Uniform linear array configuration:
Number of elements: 64
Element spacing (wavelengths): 0.25
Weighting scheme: exponential
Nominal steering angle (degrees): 60
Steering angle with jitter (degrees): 59.747
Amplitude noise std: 0.05
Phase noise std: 0.05

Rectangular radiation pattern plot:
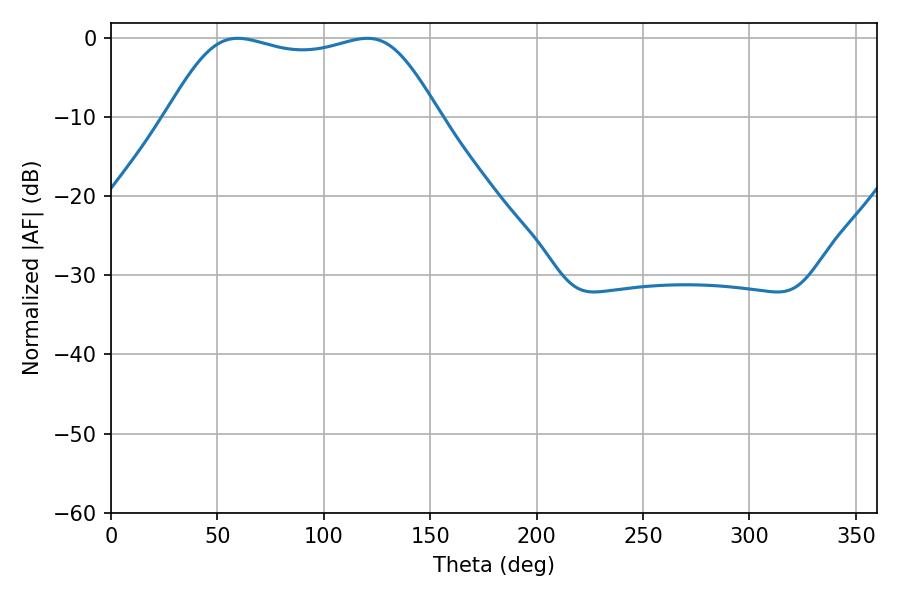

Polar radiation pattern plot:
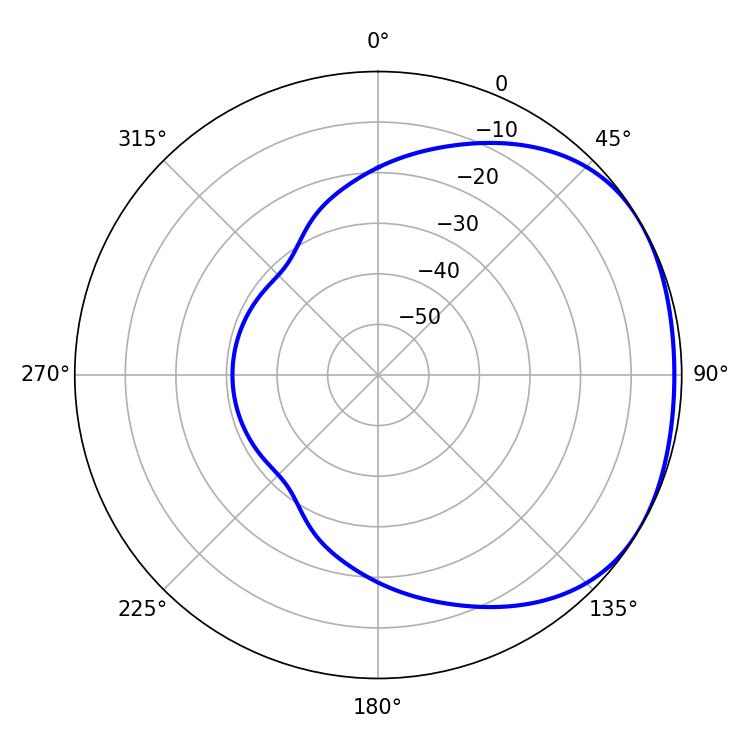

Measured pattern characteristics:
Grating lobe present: FALSE
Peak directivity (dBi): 1.698
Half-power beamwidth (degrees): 97.92
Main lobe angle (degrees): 59.58